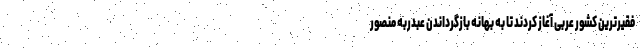
فقیرترین کشور عربی آغاز کردند تا به بهانه بازگرداندن عبدربه منصور